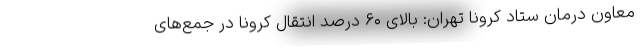
معاون درمان ستاد کرونا تهران: بالای ۶۰ درصد انتقال‌ کرونا در جمع‌های